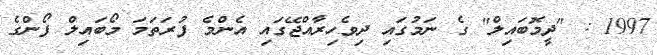
1997 : "ދީމޮބައިލް" ގެ ނަމުގައި ދިވެހިރާއްޖޭގައި އެންމެ ފުރަތަމަ މޯބައިލް ފޯންގެ